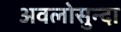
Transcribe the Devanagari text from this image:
अवलोसुन्दा